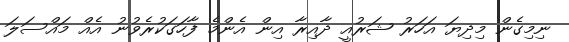
ނިމިގެން މިދިޔަ އަހަރު ޝަރުއީ ދާއިރާ އިން އެންމެ ފާހަގަކުރެވުނު އެއް މައްސަލަ